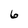
Character: 6